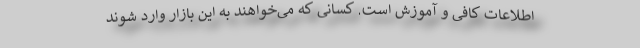
اطلاعات کافی و آموزش است. کسانی که می‌خواهند به این بازار وارد شوند